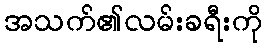
အသက်၏လမ်းခရီးကို